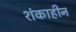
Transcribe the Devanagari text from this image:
शंकाहीन